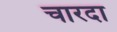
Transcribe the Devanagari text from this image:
चारदा